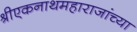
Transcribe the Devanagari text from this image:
श्रीएकनाथमहाराजांच्या